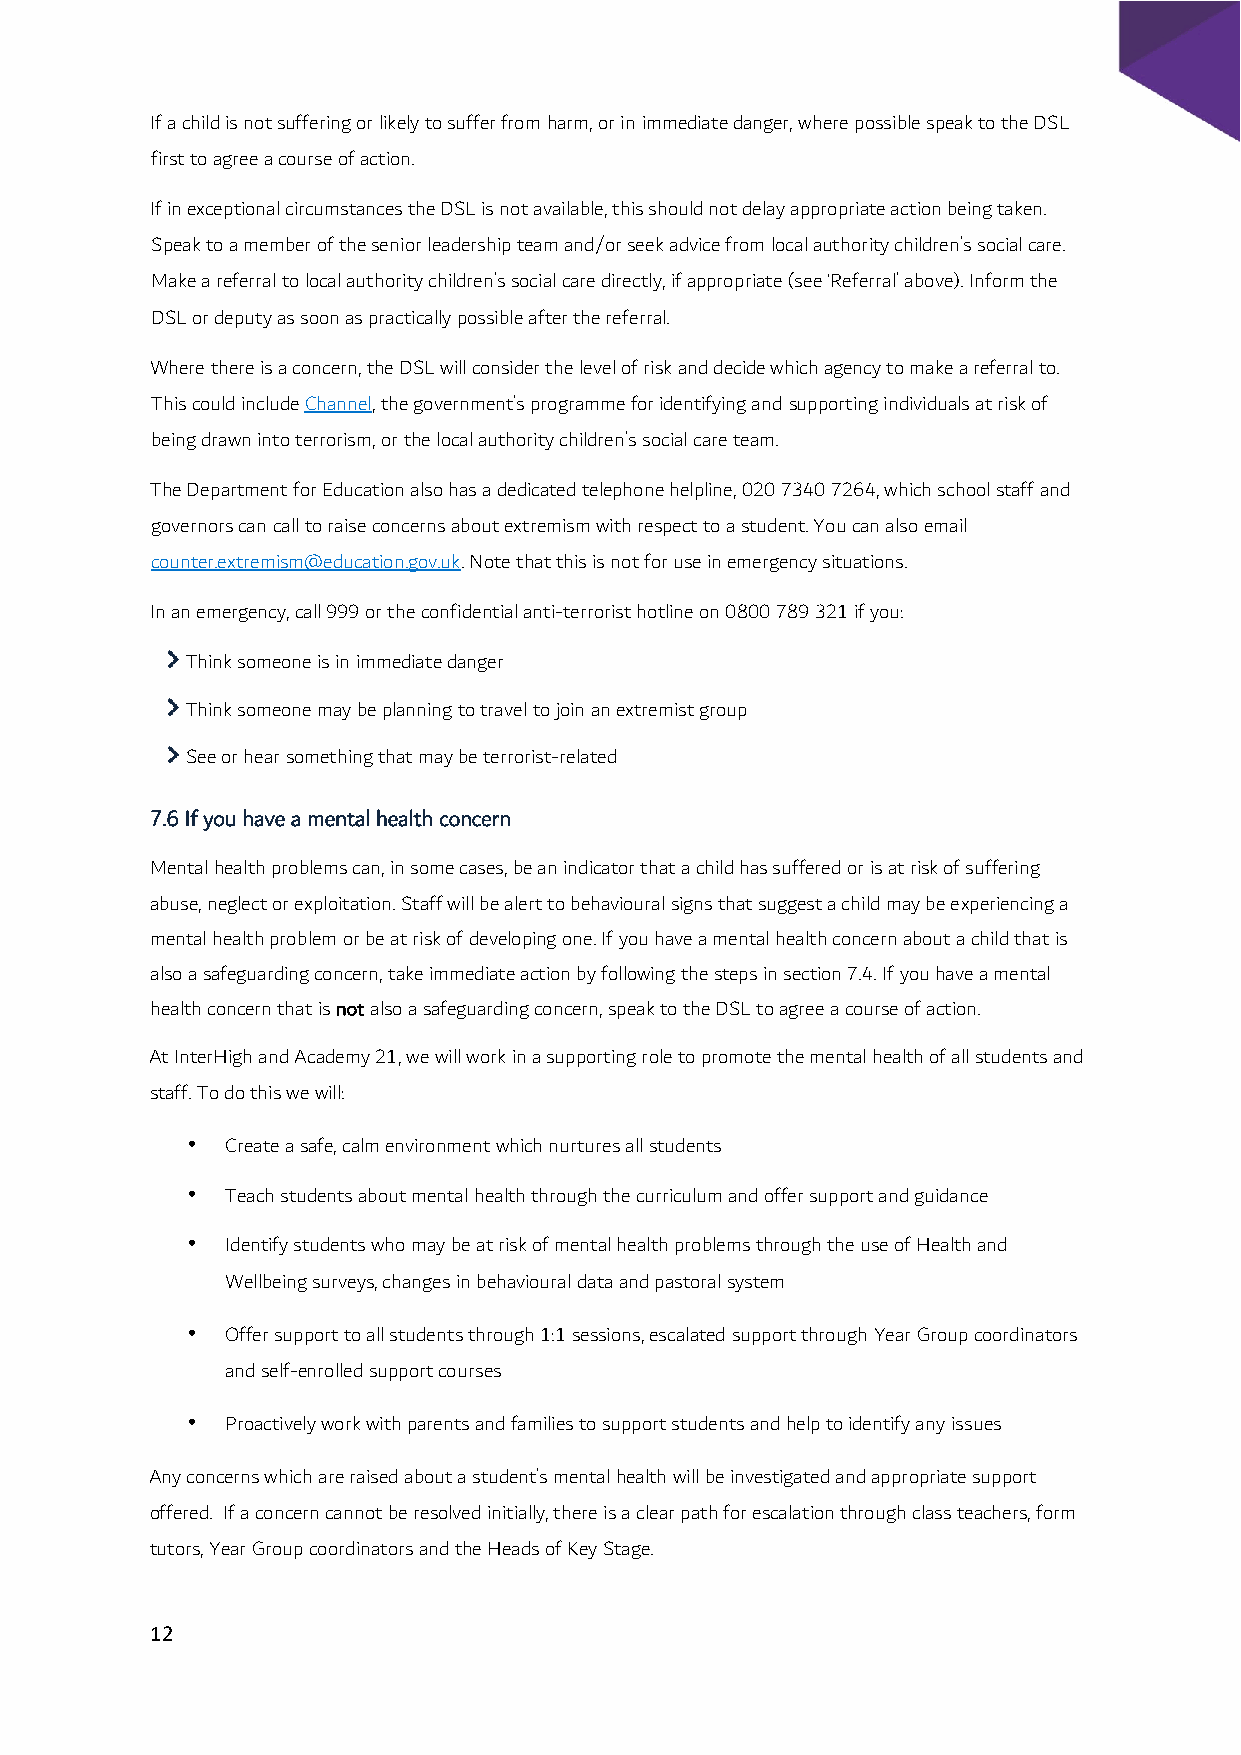
If a child is not suffering or likely to suffer from harm, or in immediate danger, where possible speak to the DSL
 first to agree a course of action.
 If in exceptional circumstances the DSL is not available, this should not delay appropriate action being taken.
 Speak to a member of the senior leadership team and/or seek advice from local authority children’s social care.
 Make a referral to local authority children’s social care directly, if appropriate (see ‘Referral’ above). Inform the
 DSL or deputy as soon as practically possible after the referral.
 Where there is a concern, the DSL will consider the level of risk and decide which agency to make a referral to.
 This could include Channel, the government’s programme for identifying and supporting individuals at risk of
 being drawn into terrorism, or the local authority children’s social care team.
 The Department for Education also has a dedicated telephone helpline, 020 7340 7264, which school staff and
 governors can call to raise concerns about extremism with respect to a student. You can also email
 counter.extremism@education.gov.uk. Note that this is not for use in emergency situations.
 In an emergency, call 999 or the confidential anti-terrorist hotline on 0800 789 321 if you:
 Think someone is in immediate danger
 Think someone may be planning to travel to join an extremist group
 See or hear something that may be terrorist-related
 7.6 If you have a mental health concern
 Mental health problems can, in some cases, be an indicator that a child has suffered or is at risk of suffering
 abuse, neglect or exploitation. Staff will be alert to behavioural signs that suggest a child may be experiencing a
 mental health problem or be at risk of developing one. If you have a mental health concern about a child that is
 also a safeguarding concern, take immediate action by following the steps in section 7.4. If you have a mental
 health concern that is not also a safeguarding concern, speak to the DSL to agree a course of action.
 At InterHigh and Academy 21, we will work in a supporting role to promote the mental health of all students and
 staff. To do this we will:
 •  Create a safe, calm environment which nurtures all students
 •  Teach students about mental health through the curriculum and offer support and guidance
 •  Identify students who may be at risk of mental health problems through the use of Health and
 Wellbeing surveys, changes in behavioural data and pastoral system
 •  Offer support to all students through 1:1 sessions, escalated support through Year Group coordinators
 and self-enrolled support courses
 •  Proactively work with parents and families to support students and help to identify any issues
 Any concerns which are raised about a student’s mental health will be investigated and appropriate support
 offered. If a concern cannot be resolved initially, there is a clear path for escalation through class teachers, form
 tutors, Year Group coordinators and the Heads of Key Stage.
 12